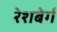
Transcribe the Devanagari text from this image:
रेशबेर्ग